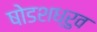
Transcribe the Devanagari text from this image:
षोडशध्रुव